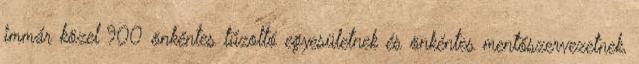
immár közel 900 önkéntes tűzoltó egyesületnek és önkéntes mentőszervezetnek,